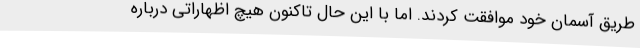
طریق آسمان خود موافقت کردند. اما با این حال تاکنون هیچ اظهاراتی درباره